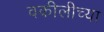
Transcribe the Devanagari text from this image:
वकीलीच्या